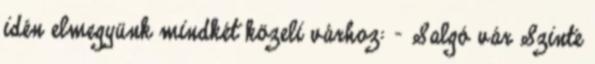
idén elmegyünk mindkét közeli várhoz: - Salgó vár Szinte